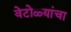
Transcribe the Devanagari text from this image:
वेटोळ्यांचा